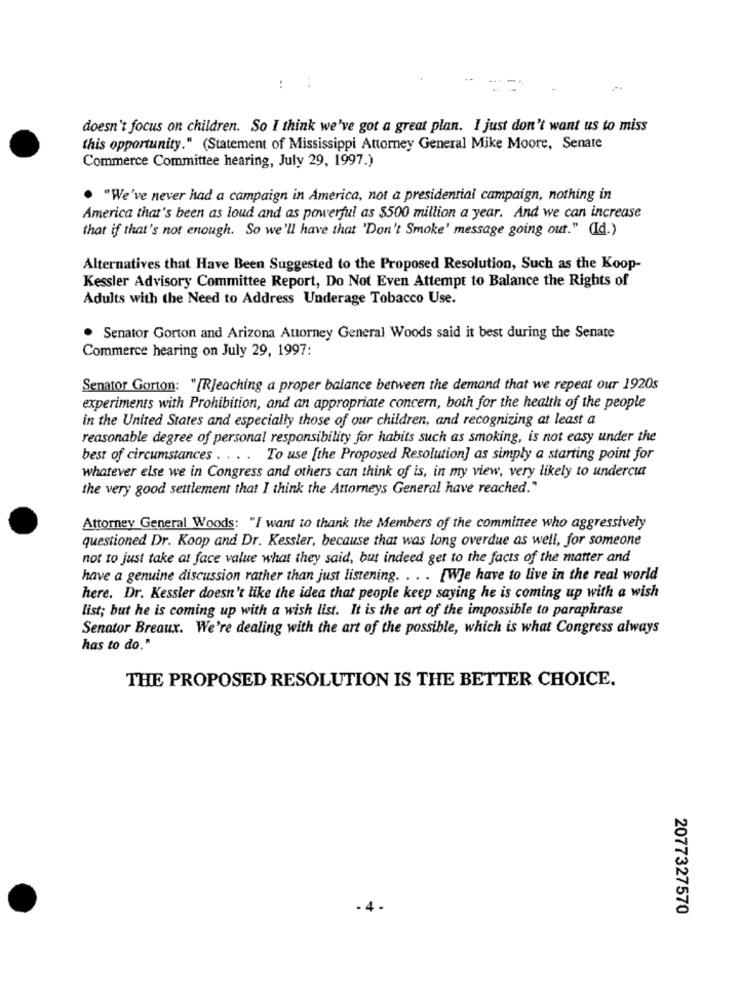
: :
doesn't focus on children. So I think we've got a great plan. I just don't want us to miss
this opportunity." (Statement of Mississippi Attorney General Mike Moore, Senate
Commerce Committee hearing, July 29, 1997.)
"We've never had a campaign in America, not a presidential campaign, nothing in
America that's been as loud and as powerful as $500 million a year. And we can increase
that if that's not enough. So we'll have that 'Don't Smoke' message going out." (Id.)
Alternatives that Have Been Suggested to the Proposed Resolution, Such as the Koop-
Kessler Advisory Committee Report, Do Not Even Attempt to Balance the Rights of
Adults with the Need to Address Underage Tobacco Use.
Senator Gorton and Arizona Attorney General Woods said it best during the Senate
Commerce hearing on July 29, 1997:
Senator Gorton: "[Rjeaching a proper balance between the demand that we repeat our 1920s
experiments with Prohibition, and an appropriate concern, both for the health of the people
in the United States and especially those of our children, and recognizing at least a
reasonable degree of personal responsibility for habits such as smoking, is not easy under the
best of circumstances . . . . To use [the Proposed Resolution] as simply a starting point for
whatever else we in Congress and others can think of is, in my view, very likely to undercut
the very good settlement that I think the Attorneys General have reached."
Attorney General Woods: "I want to thank the Members of the committee who aggressively
questioned Dr. Koop and Dr. Kessler, because that was long overdue as well, for someone
not to just take at face value what they said, but indeed get to the facts of the matter and
have a genuine discussion rather than just listening. . . . [WJe have to live in the real world
here. Dr. Kessler doesn't like the idea that people keep saying he is coming up with a wish
list; but he is coming up with a wish list. It is the art of the impossible to paraphrase
Senator Breaux. We're dealing with the art of the possible, which is what Congress always
has to do."
THE PROPOSED RESOLUTION IS THE BETTER CHOICE.
2077327570